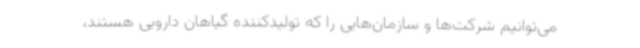
می‌توانیم شرکت‌ها و سازمان‌هایی را که تولیدکننده گیاهان دارویی هستند،